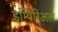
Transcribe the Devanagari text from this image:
इम्पिरिअल